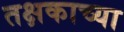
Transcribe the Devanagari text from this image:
तक्षकाच्या